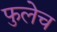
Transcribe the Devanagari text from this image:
फुलेच